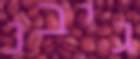
גיבנ